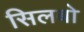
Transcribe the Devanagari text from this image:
सिलबो